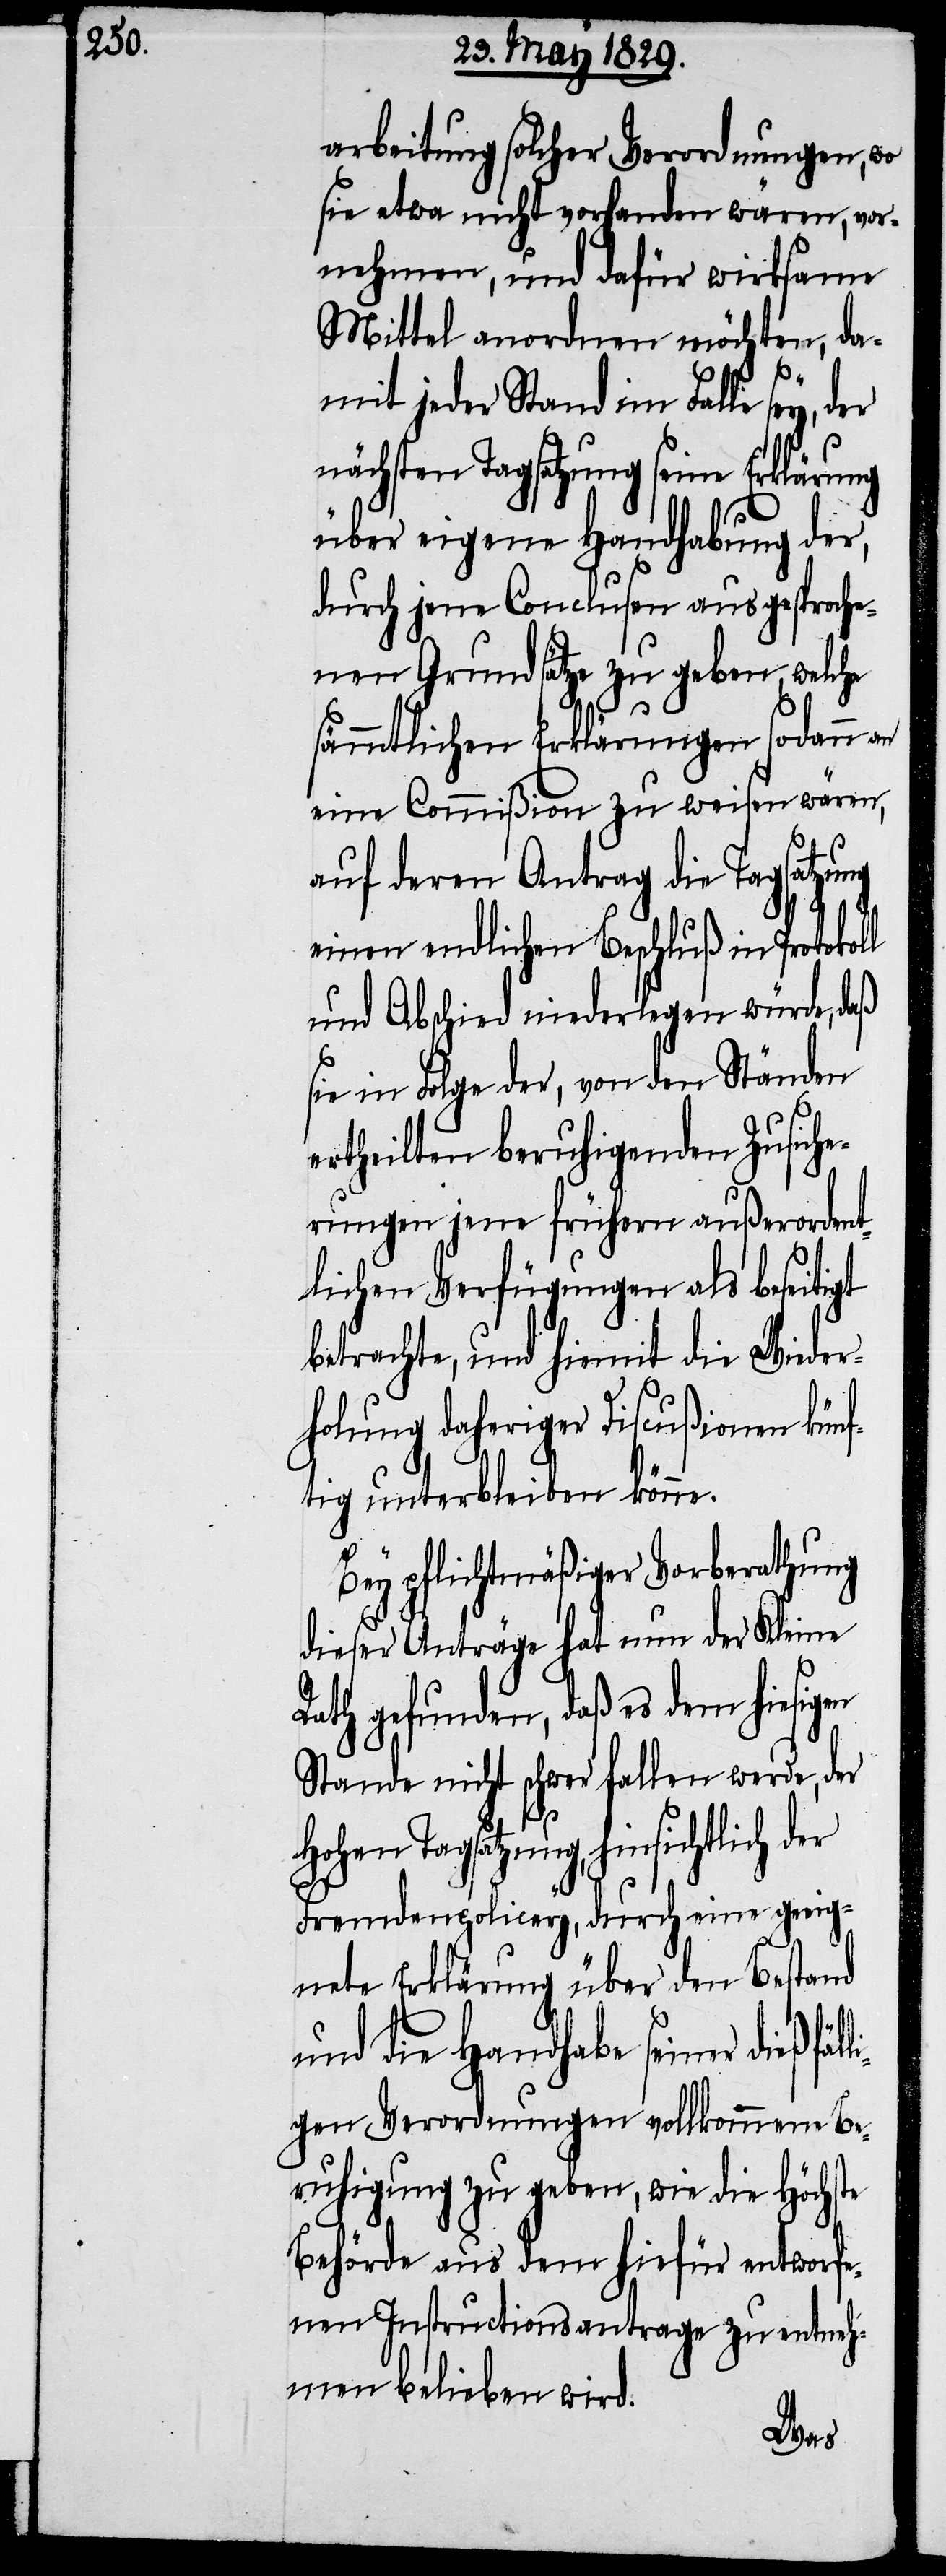
arbeitung solcher Verordnungen, wo
sie etwa nicht vorhanden wären, vor¬
nehmen, und dafür wirksame
Mittel anordnen möchten, da¬
mit jeder Stand im Falle sey, der
nächsten Tagsatzung seine Erklärung
über eigene Handhabung der,
durch jene Conclusen ausgesproche¬
nen Grundsätze zu geben, welche
sämmtlichen Erklärungen sodann an
eine Commißion zu weisen wären,
auf deren Antrag die Tagsatzung
einen endlichen Beschluß in Protokol¬
und Abschied niederlegen würde, daß
sie in Folge der, von den Ständen
ertheilten beruhigenden Zusiche¬
rungen jene frühern außerordent¬
lichen Vefügungen als beseitigt
betrachte, und hiemit die Wieder¬
holung daheriger Discußionen künf¬
tig unterbleiben könne.
li¬
Bey pflichtmäßiger Vorberathung
dieser Anträge hat nun der Kleine
Rath gefunden, daß es dem hiesigen
Stande nicht schwer fallen werde, der
Tagsatzung, hinsichtlich der
Fremdenpolicey, durch eine geeig¬
nete Erklärung über den Bestand
und die Handhabe seiner dießfäl¬
gen Verordnungen vollkommene Be¬
ruhigung zu geben, wie die Höchste
Behörde aus dem hiefür entworfe¬
nen Instructionsantrage zu entneh¬
men belieben wird.